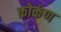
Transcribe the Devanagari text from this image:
कोकंण